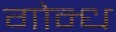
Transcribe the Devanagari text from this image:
गोन्ध